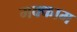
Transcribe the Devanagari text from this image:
मक्काम